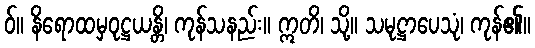
ဝ်။ နိရောထမှဝုဋ္ဌယန္တိ၊ ကုန်သနည်း။ ဣတိ၊ သို့။ သမုဋ္ဌာပေသုံ၊ ကုန်၏။